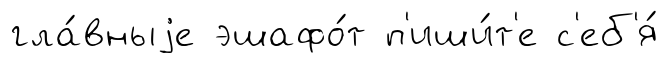
гла́вныjе эшафо́т п'иши́т'е с'еб'я́